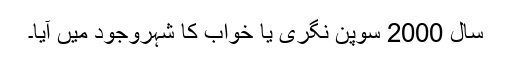
سال 2000 سوپن نگری یا خواب کا شہروجود میں آیا۔